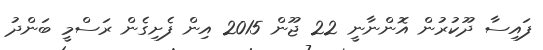
ފައިސާ ދޫކުރުން އޮންނާނީ 22 ޖޫން 2015 އިން ފެށިގެން ރަސްމީ ބަންދު